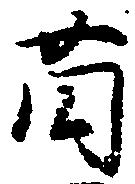
薗